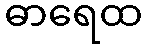
ဓာရေထ